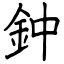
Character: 鈡